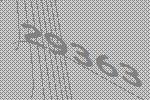
29363